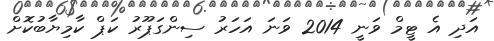
އަދި އެ ޓީމް ވަނީ 2014 ވަނަ އަހަރު ސިންގަޕޫރު ކަޕް ކާމިޔާބުކޮށް